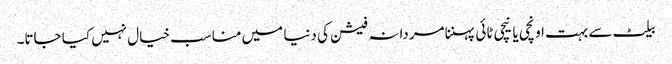
بیلٹ سے بہت اونچی یا نیچی ٹائی پہننا مردانہ فیشن کی دنیا میں مناسب خیال نہیں کیا جاتا۔